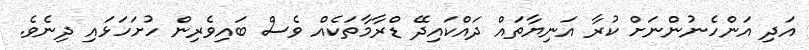
އަދި އަންހެނުންނަށް ކުރާ އަނިޔާތައް ދައްކައިދޭ ޑްރާމާތަކެއް ވެސް ބައިވެރިން ހުށަހަޅައި ދިނެވެ.